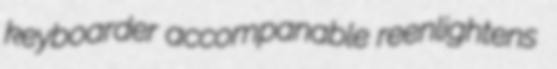
keyboarder accompanable reenlightens